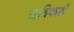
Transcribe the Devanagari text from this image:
आधिक्यही